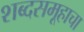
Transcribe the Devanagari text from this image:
शब्दसमूहाचा